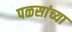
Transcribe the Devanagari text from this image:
पळसांच्या